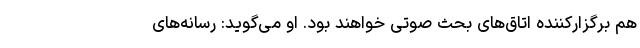
هم برگزارکننده اتاق‌های بحث صوتی خواهند بود. او می‌گوید: رسانه‌های